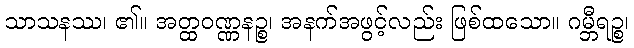
သာသနဿ၊ ၏။ အတ္ထဝဏ္ဏနဉ္စ၊ အနက်အဖွင့်လည်း ဖြစ်ထသော။ ဂမ္ဘီရဉ္စ၊